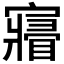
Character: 𡫧